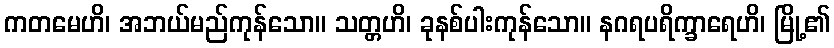
ကတမေဟိ၊ အဘယ်မည်ကုန်သော။ သတ္တဟိ၊ ခုနစ်ပါးကုန်သော။ နဂရပရိက္ခာရေဟိ၊ မြို့၏